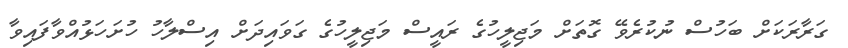
ގަރާރަކަށް ބަހުސް ނުކުރެވޭ ގޮތަށް މަޖިލީހުގެ ރައީސް މަޖިލީހުގެ ގަވައިދަށް އިސްލާހު ހުށަހަޅުއްވާފައިވާ